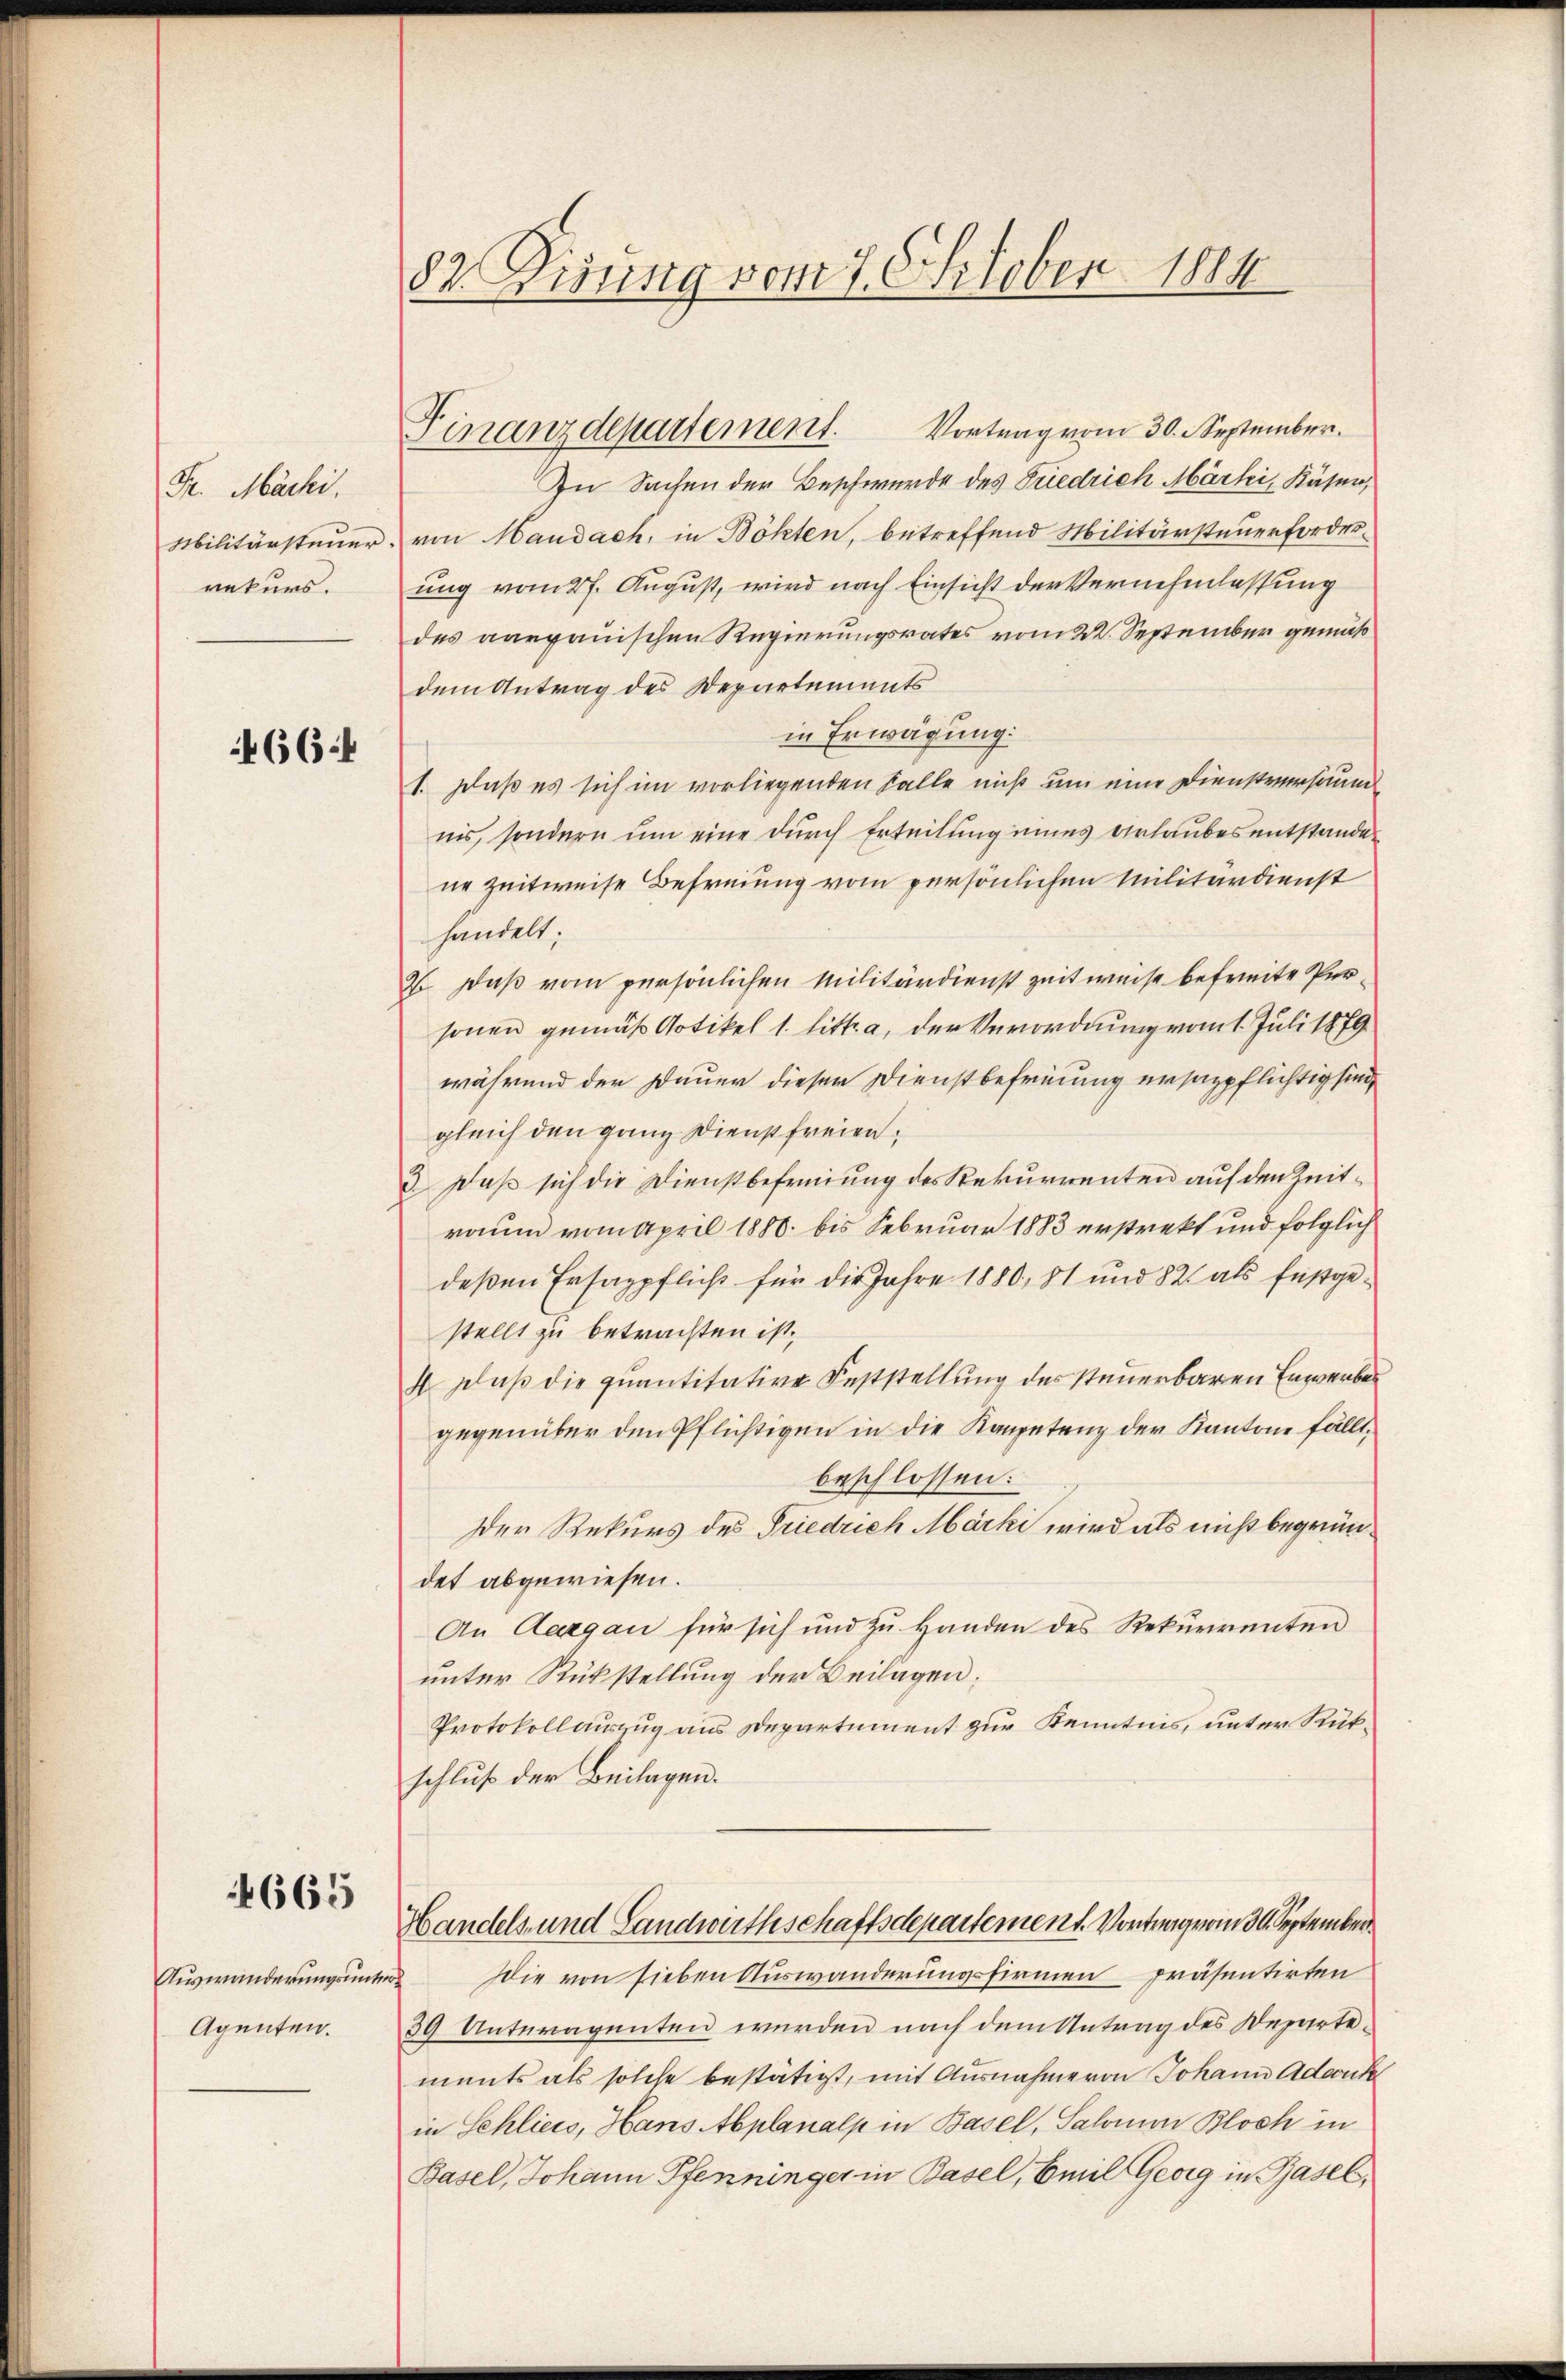
Fr. Märki.
Militärsteuer.
rekurs.

466.4

4665

Auswanderungsunter¬
Agenten.

82. Dirung vom 7. October 1884

Finanzdepartement. Vortrag vom 30. September.

In Sachen der Beschwerde des Friedrich Märki, Käser,
von Haudach, in Böhten, betreffend Militärsteuerforderung vom 27. August, wird nach Einsicht der Vernehmlassung
des aargauischen Regierungsrates vom 22. September gemäß
dem Antrag des Departements
in Erwägung:
1. Daß es sich im vorliegenden Falle nicht um eine Dienstversäum
nis, sondern um eine durch Erteilung eines Urlaubes entstanden
ne Zeitweise Befreiung vom persönlichen Militärdienst
handelt.
2o Daß vom persönlichen Militärdienst zeitweise befreite Personen gemäß Artikel 1. litt. a, der Verordnung vom 1. Juli 1879
während der Dauer dieser Dienstbefreiung ersazpflichtig sind
gleich den ganz Dienst freien;
3. Daß sich die Dienstbefreiung des Rekurrenten auf den Zeitraum vom April 1880 bis Februar 1883 erstrekt und folglich
deßen Ersagpflich für die Jahre 1880, 81 und 82 als festgestellt zu betrachten ist.
4 Fluß die quantitative Feststellung des steuerbaren Erwerbes
gegenüber den Pflichtigen in die Kompetenz der Kantone fällt,
beschlossen:
Der Rekurs des Friedrich Märki wird als nicht begründet abgewiesen.
An Aargau für sich und zu Handen des Rekurrenten
unter Rückstellung der Beilagen:
Protokollauszug aus Departement zur Kenntnis, unter Rükschluß der Beilagen.
Handels- und Landwirthschaftsdepartement. Vortrag vom 30. September
Die von sieben Auswanderungsfirmen präsentirten
39 Unteragenten werden nach dem Antrag des Departements als solche bestätigt, mit Ausnahme von Johann Addick
in Schliess, Hans Abplanalp in Basel, Salomon Bloch in
Basel, Johann Pfenninger in Basel, Emil Georg in Basel,